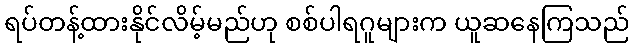
ရပ်တန့်ထားနိုင်လိမ့်မည်ဟု စစ်ပါရဂူများက ယူဆနေကြသည်